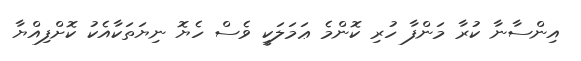
އިންސާނާ ކުރާ މަންފާ ހުރި ކޮންމެ ޢަމަލަކީ ވެސް ހެޔޮ ނިޔަތަކާއެކު ކޮށްފިއްޔާ